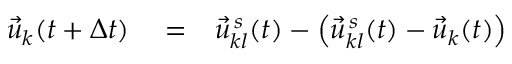
\begin{array} { r l r } { \vec { u } _ { k } ( t + \Delta t ) } & { { } = } & { \vec { u } _ { k l } ^ { \, s } ( t ) - \left( \vec { u } _ { k l } ^ { \, s } ( t ) - \vec { u } _ { k } ( t ) \right) } \end{array}